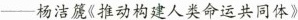
-杨洁篪《推动构建人类命运共同体》